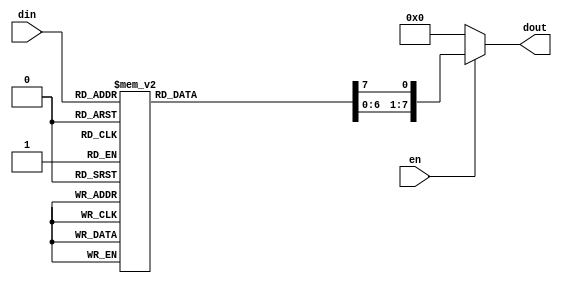
module decoder3to8(din, en, dout);
  input [2:0] din; //3bit input
  input en; //enable
  output reg [7:0] dout; //8bit output
  
  //all combinations for 3 inputs to 8 outputs
always @ (en,din) 

begin 

 dout = 8'b00000000;

 if (en==1'b1) 

 begin 

 case (din) 

 3'b000: dout[0]=1; 

 3'b001: dout[1]=1; 

 3'b010: dout[2]=1; 

 3'b011: dout[3]=1; 

 3'b100: dout[4]=1; 

 3'b101: dout[5]=1; 

 3'b110: dout[6]=1; 

 3'b111: dout[7]=1; 

 default: begin 

  dout[0]=0;

  dout[1]=0;

  dout[2]=0;

  dout[3]=0;

  dout[4]=0;

  dout[5]=0;

  dout[6]=0;

  dout[7]=0; 

  end 

  endcase 

 end 

end

endmodule